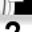
Digit: 2